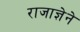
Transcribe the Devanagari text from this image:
राजाज्ञेने